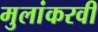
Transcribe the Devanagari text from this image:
मुलांकरवी